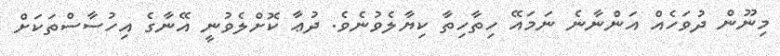
މިނޫން ދުވަހެއް އަންނާނެ ނަމައޭ ހިތާހިތާ ކިޔާލެވުނެވެ. ދުޢާ ކޮށްލެވުނީ އޭނާގެ އިހުސާސްތަކަށް